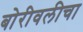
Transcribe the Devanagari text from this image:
बोरीवलीचा